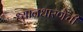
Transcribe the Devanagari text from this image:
ध्यानधारणेची